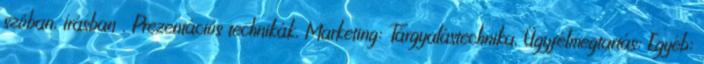
szóban, írásban , Prezentációs technikák, Marketing: Tárgyalástechnika, Ügyfélmegtartás; Egyéb: